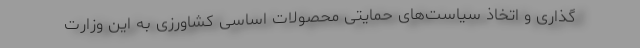
گذاری و اتخاذ سیاست‌های حمایتی محصولات اساسی کشاورزی به این وزارت